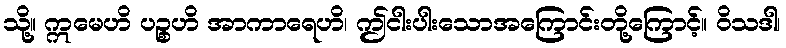
သို့။ ဣမေဟိ ပဉ္စဟိ အာကာရေဟိ၊ ဤငါးပါးသောအကြောင်းတို့ကြောင့်။ ဝိသဒါ၊